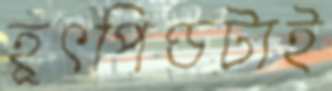
হূৎপিণ্ডটাই